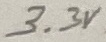
Text: 3.3V